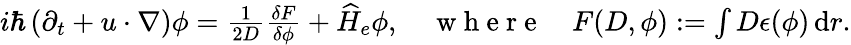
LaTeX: \begin{array}{r}{i\hbar\left(\partial_{t}+u\cdot\nabla\right)\phi=\frac{1}{2D}\frac{\delta F}{\delta\phi}+\widehat H_{e}\phi,\quad\mathrm{~w~h~e~r~e~}\quad F(D,\phi):=\int D\epsilon(\phi)\, \mathrm{d}r.}\end{array}